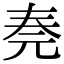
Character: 𠒏